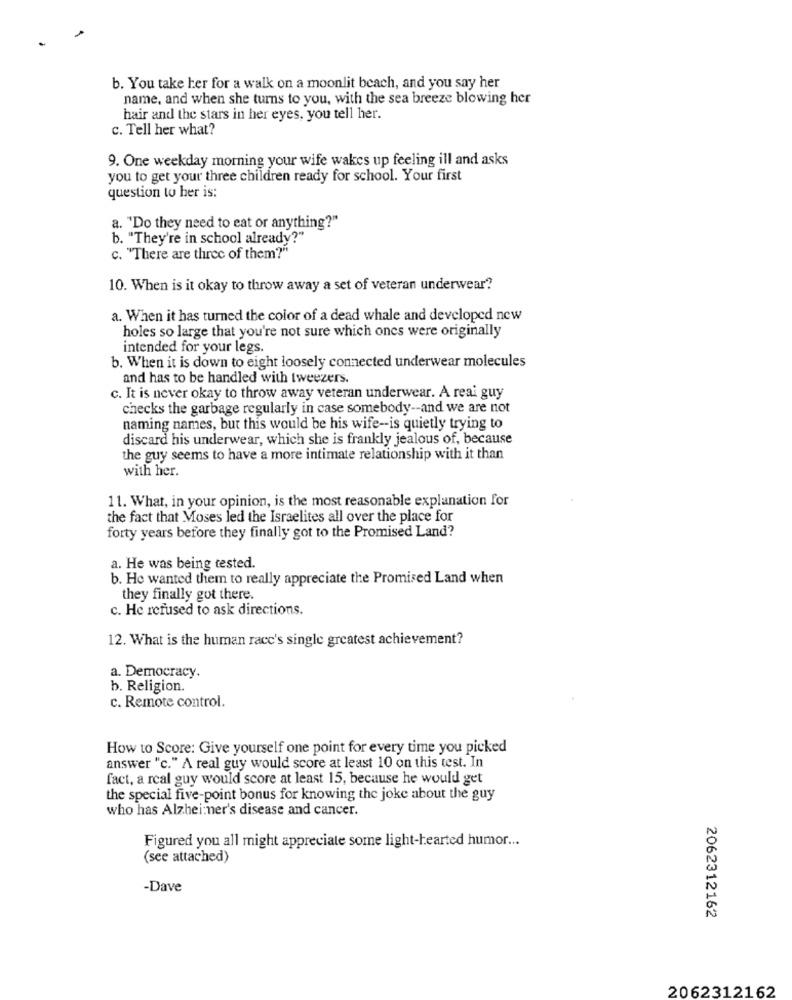
b. You take her for a walk on a moonlit beach, and you say her
name, and when she turns to you, with the sea breeze blowing her
hair and the stars in her eyes, you tell her.
c. Tell her what?
9. One weekday morning your wife wakes up feeling ill and asks
you to get your three children ready for school. Your first
question to her is:
a. "Do they need to eat or anything?"
b. "They're in school already?"
c. "There are three of them?"
10. When is it okay to throw away a set of veteran underwear?
a. When it has turned the color of a dead whale and developed new
holes so large that you're not sure which ones were originally
intended for your legs.
b. When it is down to eight loosely connected underwear molecules
and has to be handled with tweezers.
c. It is never okay to throw away veteran underwear. A reai guy
checks the garbage regularly in case somebody -- and we are not
naming names, but this would be his wife -- is quietly trying to
discard his underwear, which she is frankly jealous of, because
the guy seems to have a more intimate relationship with it than
with her.
11. What, in your opinion, is the most reasonable explanation for
the fact that Moses led the Israelites all over the place for
forty years before they finally got to the Promised Land?
a. He was being tested.
b. He wanted them to really appreciate the Promised Land when
they finally got there.
c. He refused to ask directions.
12. What is the human race's single greatest achievement?
a. Democracy.
b. Religion.
c. Remote control.
How to Score: Give yourself one point for every time you picked
answer "c." A real guy would score at least 10 on this test. In
fact, a real guy would score at least 15, because he would get
the special five-point bonus for knowing the joke about the guy
who has Alzheimer's disease and cancer.
Figured you all might appreciate some light-hearted humor ...
(see attached)
-Dave
2062312162
2062312162